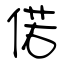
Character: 偌